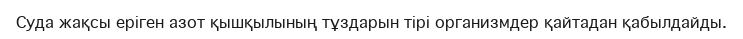
Суда жақсы еріген азот қышқылының тұздарын тірі организмдер қайтадан қабылдайды.